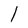
Character: l